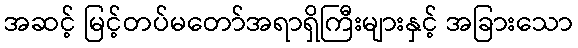
အဆင့် မြင့်တပ်မတော်အရာရှိကြီးများနှင့် အခြားသော